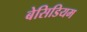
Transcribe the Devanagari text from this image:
बेसिडियम